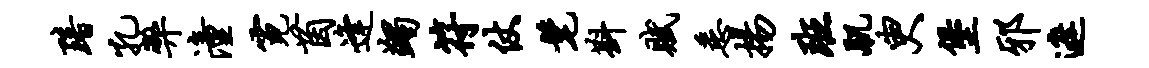
黯孔弊潼霓茵逢蠲符仗髦斟赋悉扬班肌臾堡邪遮